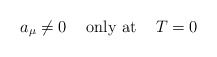
\begin{align*}a_{\mu} \ne 0 \hspace{5mm}\mbox{only at} \hspace{5mm} T=0\end{align*}